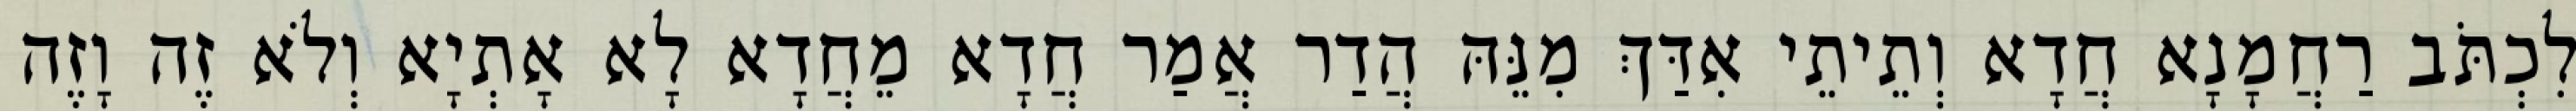
לִכְתֹּב רַחֲמָנָא חֲדָא וְתֵיתֵי אִדַּךְ מִנֵּהּ הֲדַר אֲמַר חֲדָא מֵחֲדָא לָא אָתְיָא וְלֹא זֶה וָזֶה